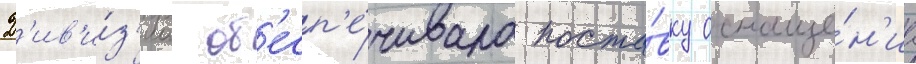
Д'ив'и́з'иа об'есп'е́чивала поста́вку оснаще́н'иа